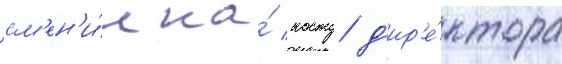
см'ен'и́л на́ посту д'ир'е́ктора